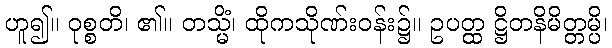
ဟူ၍။ ဝုစ္စတိ၊ ၏။ တသ္မိံ၊ ထိုကသိုဏ်းဝန်း၌။ ဥပတ္ထ ဋ္ဌိတနိမိတ္တမ္ပိ၊